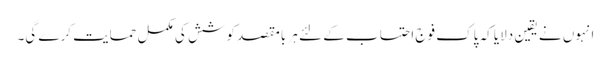
انہوں نے یقین دلایا کہ پاک فوج احتساب کے لئے ہر بامقصد کوشش کی مکمل حمایت کرے گی۔